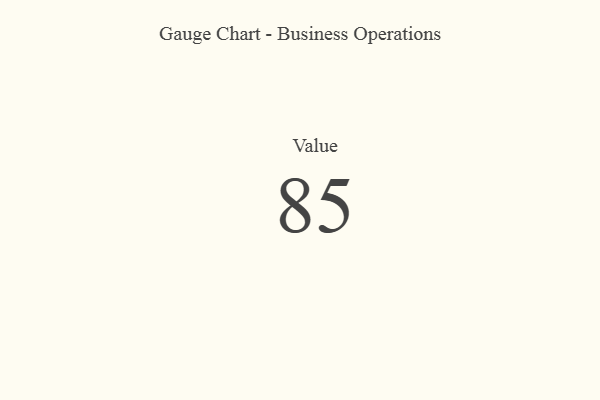
{"axis": {"x": "Metric", "y": "Value"}, "legend": [""], "data": [{"x": "Value", "y": 85, "type": ""}]}